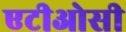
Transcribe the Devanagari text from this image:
एटीओसी